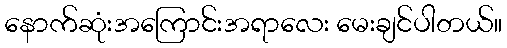
နောက်ဆုံးအကြောင်းအရာလေး မေးချင်ပါတယ်။